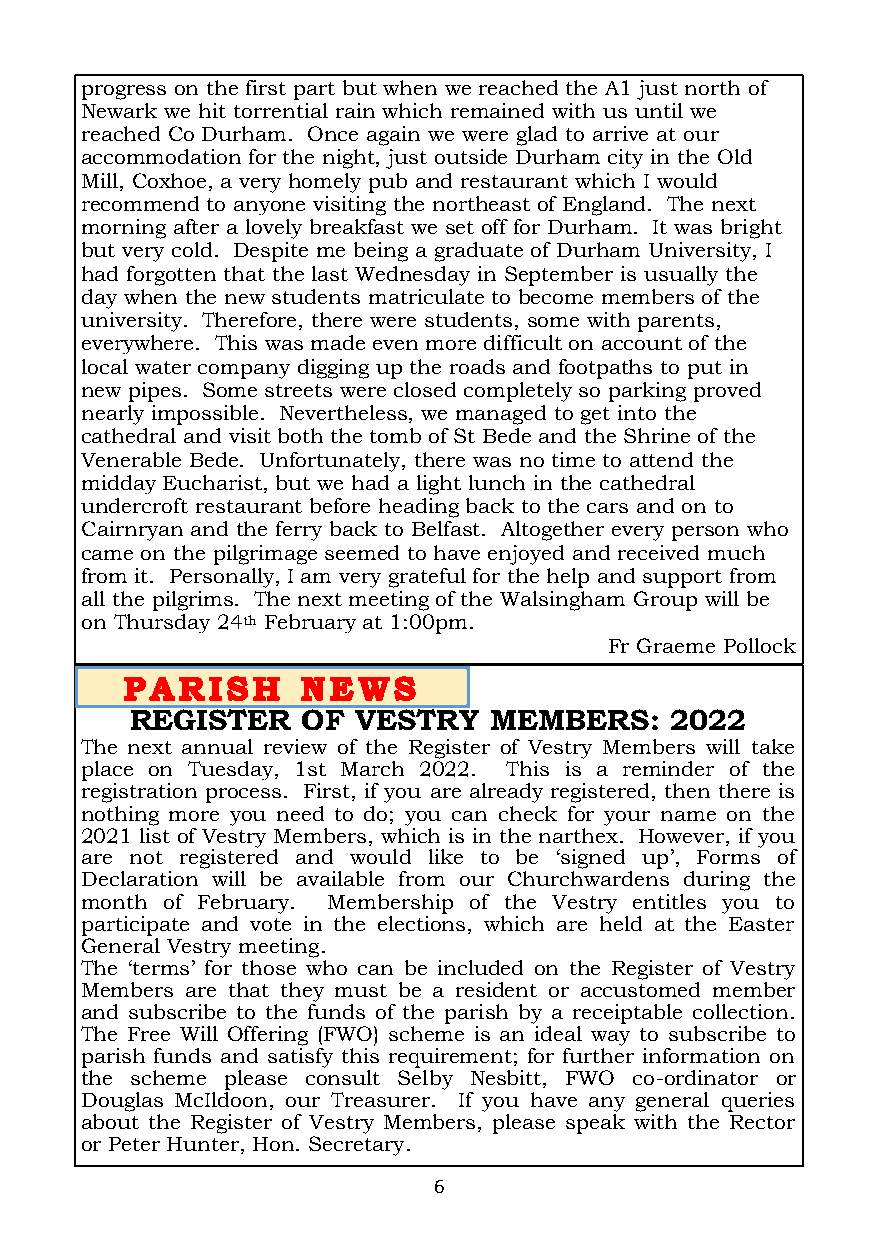
progress on the first part but when we reached the A1 just north of
 Newark we hit torrential rain which remained with us until we
 reached Co Durham. Once again we were glad to arrive at our
 accommodation for the night, just outside Durham city in the Old
 Mill, Coxhoe, a very homely pub and restaurant which I would
 recommend to anyone visiting the northeast of England. The next
 morning after a lovely breakfast we set off for Durham. It was bright
 but very cold. Despite me being a graduate of Durham University, I
 had forgotten that the last Wednesday in September is usually the
 day when the new students matriculate to become members of the
 university. Therefore, there were students, some with parents,
 everywhere. This was made even more difficult on account of the
 local water company digging up the roads and footpaths to put in
 new pipes. Some streets were closed completely so parking proved
 nearly impossible. Nevertheless, we managed to get into the
 cathedral and visit both the tomb of St Bede and the Shrine of the
 Venerable Bede. Unfortunately, there was no time to attend the
 midday Eucharist, but we had a light lunch in the cathedral
 undercroft restaurant before heading back to the cars and on to
 Cairnryan and the ferry back to Belfast. Altogether every person who
 came on the pilgrimage seemed to have enjoyed and received much
 from it. Personally, I am very grateful for the help and support from
 all the pilgrims. The next meeting of the Walsingham Group will be
 on Thursday 24th February at 1:00pm.
 Fr Graeme Pollock
 REGISTER   OF VESTRY   MEMBERS:    2022
 The next annual review of the Register of Vestry Members will take
 place on Tuesday, 1st March 2022. This is a reminder of the
 registration process. First, if you are already registered, then there is
 nothing more you need to do; you can check for your name on the
 2021 list of Vestry Members, which is in the narthex. However, if you
 are not registered and would like to be ‘signed up’, Forms of
 Declaration will be available from our Churchwardens during the
 month of February. Membership of the Vestry entitles you to
 participate and vote in the elections, which are held at the Easter
 General Vestry meeting.
 The ‘terms’ for those who can be included on the Register of Vestry
 Members are that they must be a resident or accustomed member
 and subscribe to the funds of the parish by a receiptable collection.
 The Free Will Offering (FWO) scheme is an ideal way to subscribe to
 parish funds and satisfy this requirement; for further information on
 the scheme please consult Selby Nesbitt, FWO co-ordinator or
 Douglas McIldoon, our Treasurer. If you have any general queries
 about the Register of Vestry Members, please speak with the Rector
 or Peter Hunter, Hon. Secretary.
 6